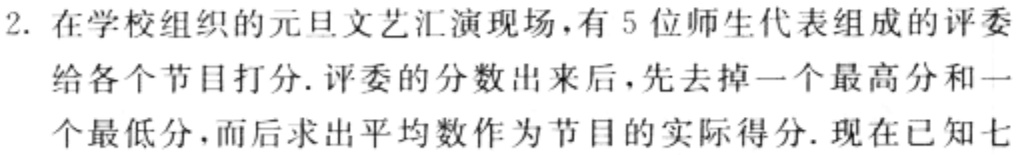
2. 在学校组织的元旦文艺汇演现场，有 5 位师生代表组成的评委

给各个节目打分. 评委的分数出来后，先去掉一个最高分和一

个最低分，而后求出平均数作为节目的实际得分. 现在已知七